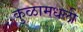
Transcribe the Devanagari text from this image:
कुळामधली